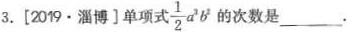
3.[2019·淄博]单项式 \frac{1}{2}a^{2}b^{2} 的次数是___.